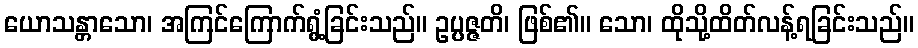
ယောသန္တာသော၊ အကြင်ကြောက်ရွံ့ခြင်းသည်။ ဥပ္ပဇ္ဇတိ၊ ဖြစ်၏။ သော၊ ထိုသို့ထိတ်လန့်ရခြင်းသည်။